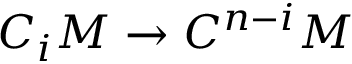
C _ { i } M \to C ^ { n - i } M